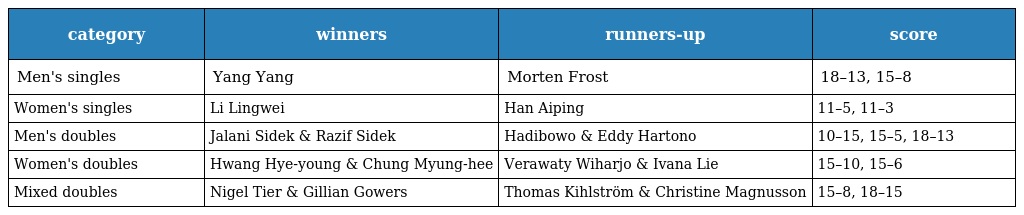
| category | winners | runners-up | score |
 | --- | --- | --- | --- |
 | Men's singles | Yang Yang | Morten Frost | 18–13, 15–8 |
 | Women's singles | Li Lingwei | Han Aiping | 11–5, 11–3 |
 | Men's doubles | Jalani Sidek & Razif Sidek | Hadibowo & Eddy Hartono | 10–15, 15–5, 18–13 |
 | Women's doubles | Hwang Hye-young & Chung Myung-hee | Verawaty Wiharjo & Ivana Lie | 15–10, 15–6 |
 | Mixed doubles | Nigel Tier & Gillian Gowers | Thomas Kihlström & Christine Magnusson | 15–8, 18–15 |